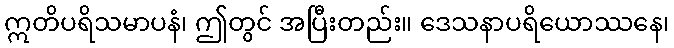
ဣတိပရိသမာပနံ၊ ဤတွင် အပြီးတည်း။ ဒေသနာပရိယောဿနေ၊